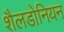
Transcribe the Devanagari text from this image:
शैलडोनियन